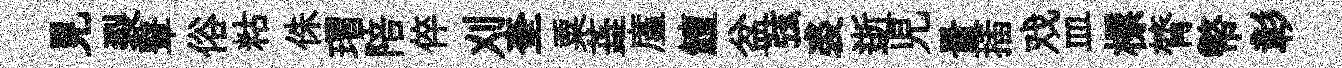
見裂鼙俗䊀侏瑁陪倅刈奎粟蕋廑鱣盆弦裘逝児量插戏皿標膂幣彰